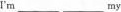
I'm _______my